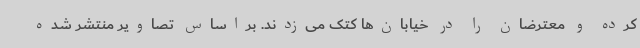
کرده و معترضان را در خیابان‌ها کتک می‌زدند. براساس تصاویر منتشر شده